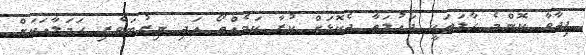
ފިދާވާ ކޮންމެ ހާލަތަކީ ދައުލަތާ ދެކޮޅަށް ކުރާ ކަމެއްތޯ އަދި ނިރުބަވެރި ހަމަލާއަކަށް